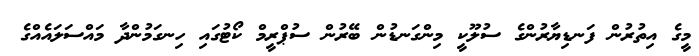
މީގެ އިތުރުން ފަނޑިޔާރުންގެ ސުލޫކީ މިންގަނޑުން ބޭރުން ސުޕްރީމް ކޯޓުގައި ހިނގަމުންދާ މައްސަލައެއްގެ